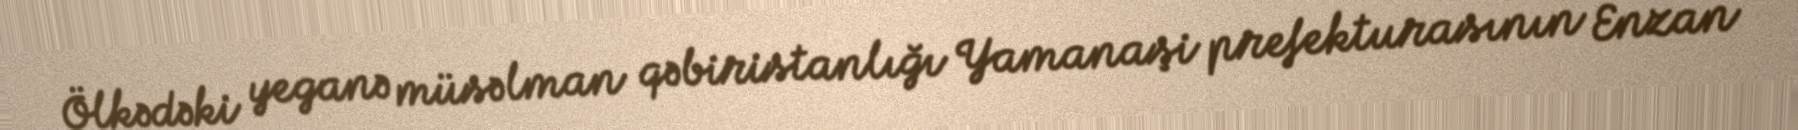
Ölkədəki yeganə müsəlman qəbiristanlığı Yamanaşi prefekturasının Enzan